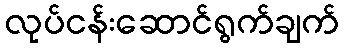
လုပ်ငန်းဆောင်ရွက်ချက်